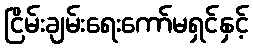
ငြိမ်းချမ်းရေးကော်မရှင်နှင့်